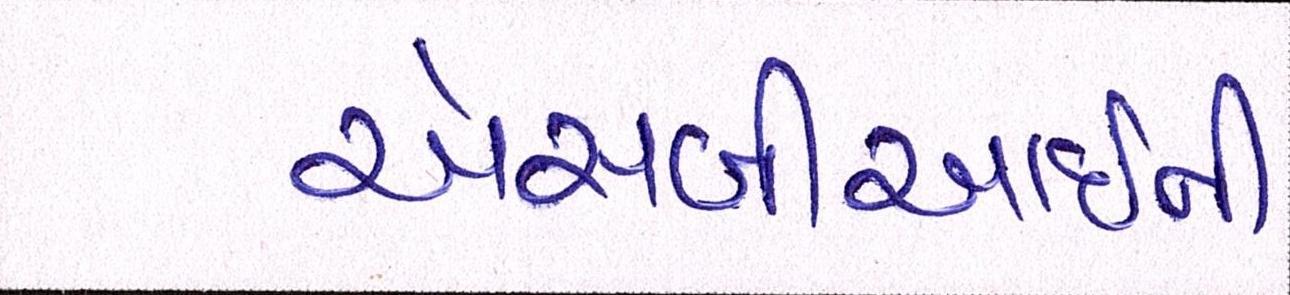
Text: એસબીઆઇની